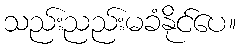
သည်းညည်းမခံနိုင်ပေ။